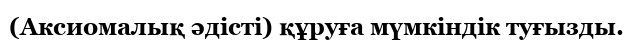
(Аксиомалық әдісті) құруға мүмкіндік туғызды.